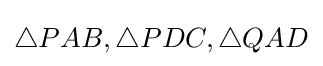
\triangle PAB,\triangle PDC,\triangle QAD